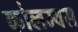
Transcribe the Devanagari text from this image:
कोलम्वस